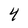
Character: 4